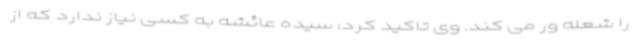
را شعله ور می کند. وی تاکید کرد: سیده عائشه به کسی نیاز ندارد که از